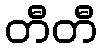
တီတီ